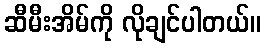
ဆီမီးအိမ်ကို လိုချင်ပါတယ်။